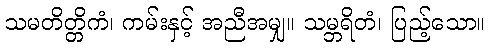
သမတိတ္တိကံ၊ ကမ်းနှင့် အညီအမျှ။ သမ္ဘရိတံ၊ ပြည့်သော။